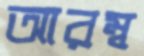
আরম্ব